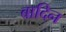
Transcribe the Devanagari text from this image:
बादिन